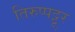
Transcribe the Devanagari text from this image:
तिरुप्पट्टूर